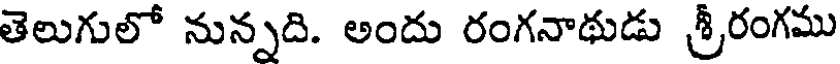
తెలుగులో నున్నది. అందు రంగనాథుడు శ్రీరంగము